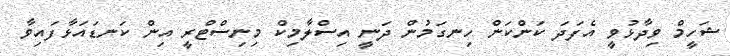
ޝަހީމް ވިދާޅުވީ އެފަދަ ކަންކަން ހިނގަމުން ދަނީ އިސްލާމިކް މިނިސްޓްރީ އިން ކަނޑައަޅާފައިވާ